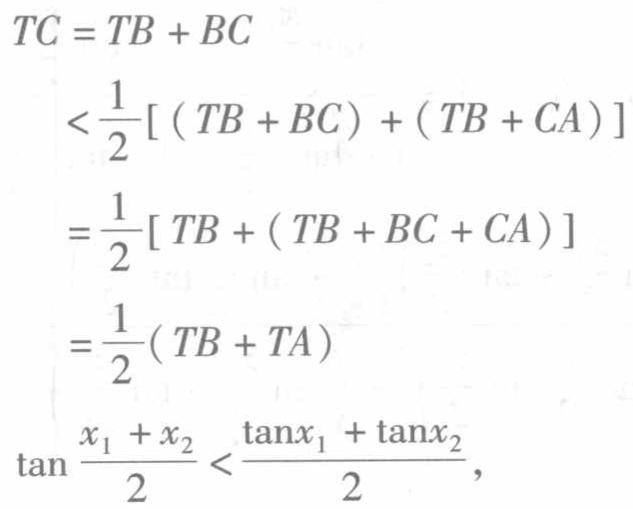
\[
\begin{align*}
TC&=TB + BC\\
&<\frac{1}{2}[(TB + BC)+(TB + CA)]\\
&=\frac{1}{2}[TB+(TB + BC + CA)]\\
&=\frac{1}{2}(TB + TA)\\
\tan\frac{x_1 + x_2}{2}&<\frac{\tan x_1+\tan x_2}{2},
\end{align*}
\]